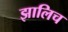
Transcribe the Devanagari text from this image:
झालिच